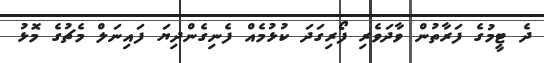
ދެ ޓީމުގެ ފަރާތުން ވާދަވެރި ފޯރިގަދަ ކުޅުމެއް ފެނިގެންދިޔަ ފައިނަލް މެޗުގެ މޮޅު